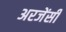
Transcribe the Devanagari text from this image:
अरजेंसी